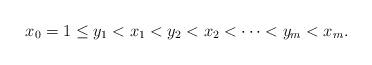
LaTeX: \begin{align*}x_0=1\leq y_1<x_1<y_2<x_2<\cdots <y_m <x_m.\end{align*}